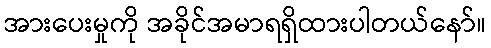
အားပေးမှုကို အခိုင်အမာရရှိထားပါတယ်နော်။